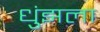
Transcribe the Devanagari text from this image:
धुंझला